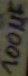
Text: 100µF